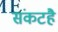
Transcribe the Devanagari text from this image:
संकटहै